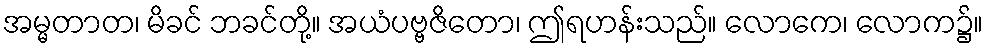
အမ္မတာတ၊ မိခင် ဘခင်တို့။ အယံပဗ္ဗဇိတော၊ ဤရဟန်းသည်။ လောကေ၊ လောက၌။